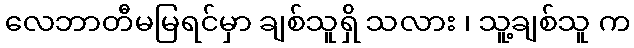
လေဘာတီမမြရင်မှာ ချစ်သူရှိ သလား ၊ သူ့ချစ်သူ က